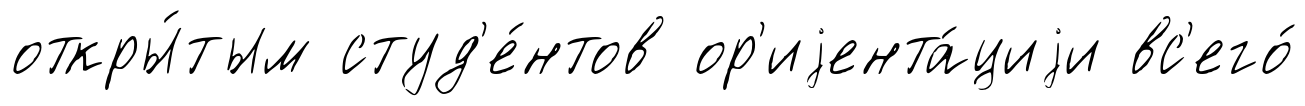
откры́тым студ'е́нтов ор'иjента́циjи вс'его́